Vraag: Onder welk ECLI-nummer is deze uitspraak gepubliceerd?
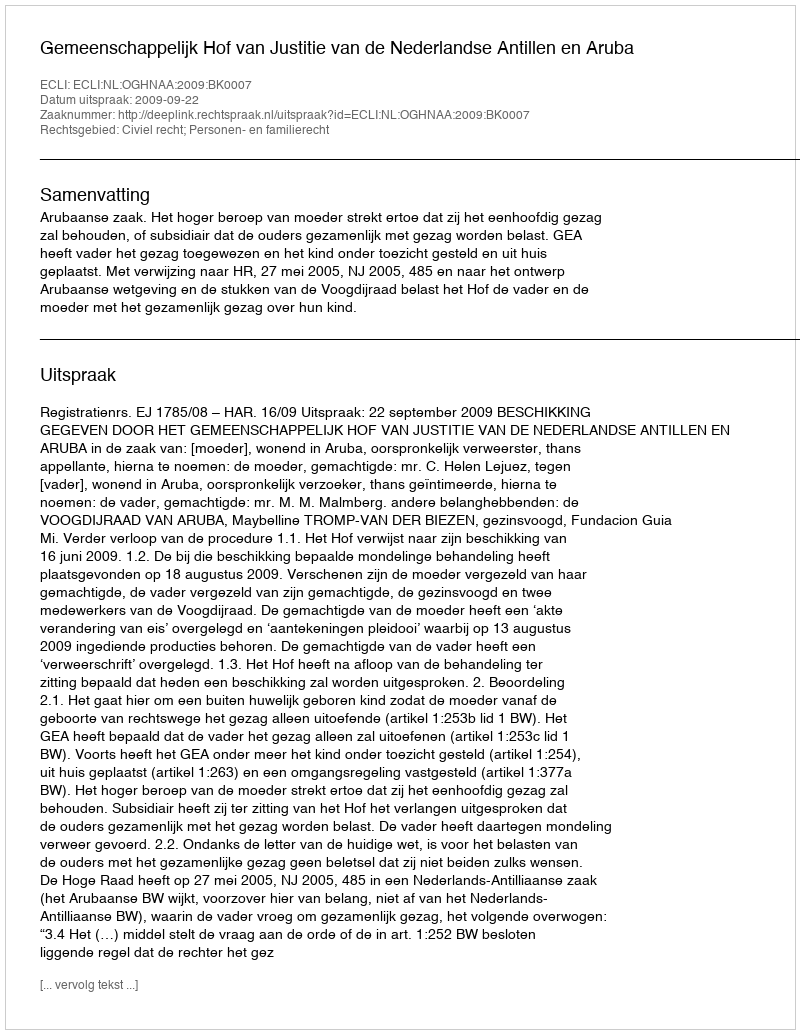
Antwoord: ECLI:NL:OGHNAA:2009:BK0007